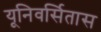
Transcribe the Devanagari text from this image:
यूनिवर्सितास